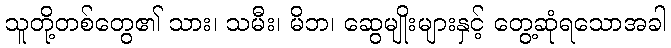
သူတို့တစ်တွေ၏ သား၊ သမီး၊ မိဘ၊ ဆွေမျိုးများနှင့် တွေ့ဆုံရသောအခါ